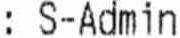
: S-ADMIN